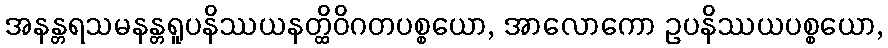
အနန္တရသမနန္တရူပနိဿယနတ္ထိဝိဂတပစ္စယော, အာလောကော ဥပနိဿယပစ္စယော,